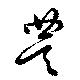
豊